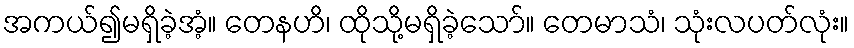
အကယ်၍မရှိခဲ့အံ့။ တေနဟိ၊ ထိုသို့မရှိခဲ့သော်။ တေမာသံ၊ သုံးလပတ်လုံး။